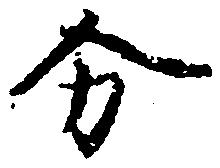
分